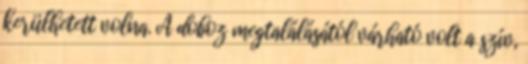
kerülhetett volna. A doboz megtalálásától várható volt a szív,